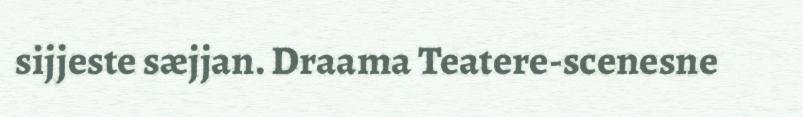
sijjeste sæjjan. Draama Teatere-scenesne